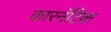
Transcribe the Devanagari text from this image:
कारनॅटिक